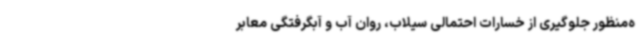
ه‌منظور جلوگیری از خسارات احتمالی سیلاب، روان آب و آبگرفتگی معابر